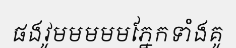
ផងវូមមមមមភ្នែកទាំងគូ